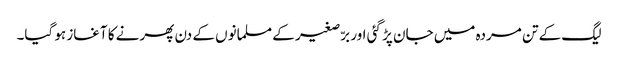
لیگ کے تن مردہ میں جان پڑ گئی اور برّصغیر کے مسلمانوں کے دن پھرنے کا آغاز ہو گیا۔